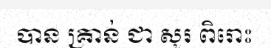
បាន គ្រាន់ ជា សូរ ពិរោះ